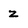
Character: z